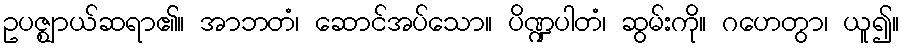
ဥပဇ္ဈာယ်ဆရာ၏။ အာဘတံ၊ ဆောင်အပ်သော။ ပိဏ္ဍပါတံ၊ ဆွမ်းကို။ ဂဟေတွာ၊ ယူ၍။